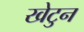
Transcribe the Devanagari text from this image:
खेटुन